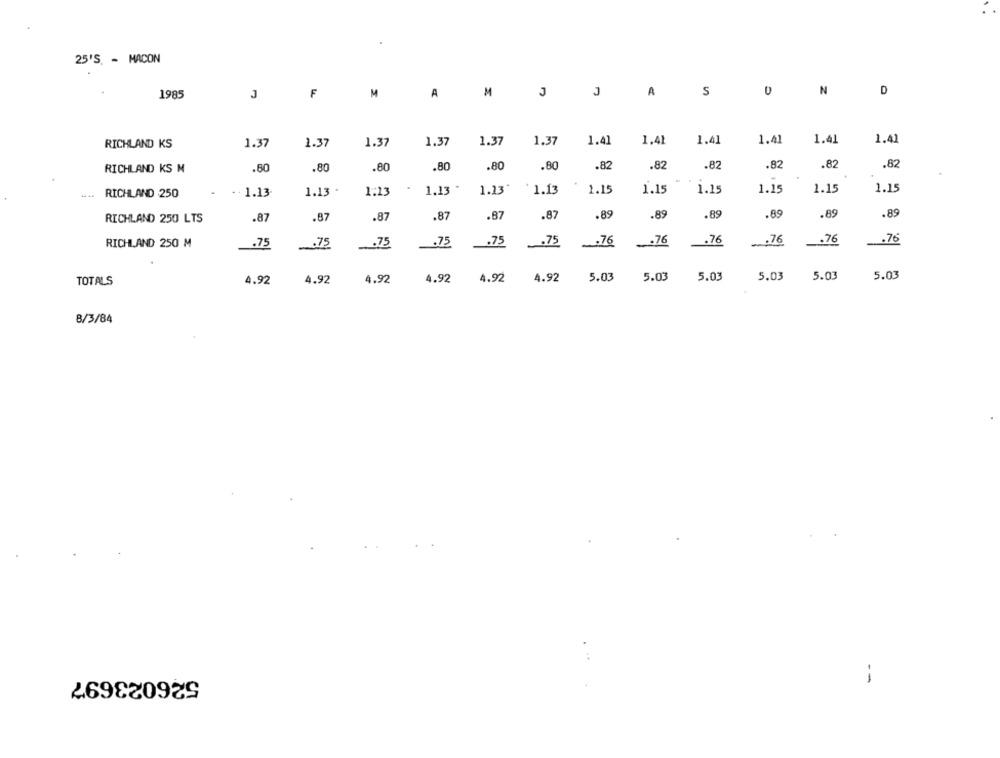
25'S. - MACON
J
J
A
S
N
D
1985
F
M
A
M
RICHLAND KS
1.37
1.37
1.37
1.37
1.37
1.37
1.41
1.41
1.41
1.41
1.41
1.41
.80
.80
.80
.82
.82
.82
.82
.82
.82
RICHLAND KS M
.80
.80
.80
1.23.
1.13
1.15
1.15
1.15
1.15
RICHLAND 250
1.13
1.13
1:13
1,13
1.15
1.15
.89
.89
.89
RICHLAND 250 LTS
.87
.87
.87
.87
.87
.87
.85
.89
.89
.75
.75
.75
.75
.76
.76
.76
.76
.76
.76
RICHLAND 250 M
.75
.75
-
4.92
4.92
4.92
4.92
4.92
4.92
5.03
5.03
5.0
5.03
5.03
5.03
TOTALS
8/3/84
526023697
--